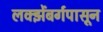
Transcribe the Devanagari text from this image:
लक्झेंबर्गपासून